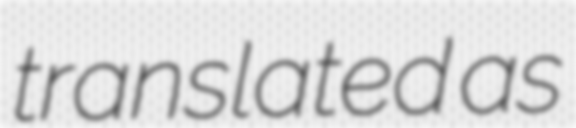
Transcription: translated as